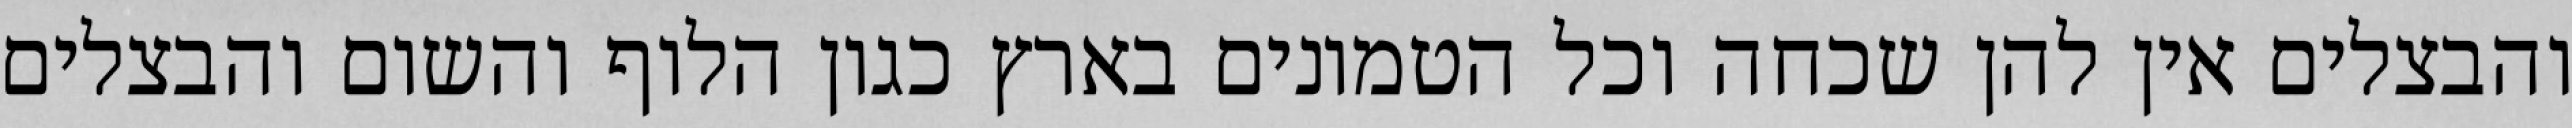
והבצלים אין להן שכחה וכל הטמונים בארץ כגון הלוף והשום והבצלים